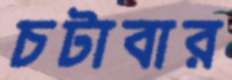
চটাবার